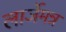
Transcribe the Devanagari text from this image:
लार्जेमन्न